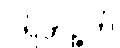
ပရိဘုဉ္ဇတိ